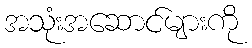
အသုံးအဆောင်များကို